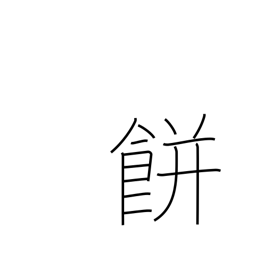
Meaning: mochi rice cake